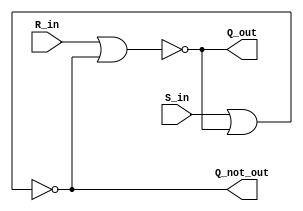
`timescale 1ns / 1ps
//////////////////////////////////////////////////////////////////////////////////
// Company: 
// Engineer: 
// 
// Design Name: 
// Module Name:    SR_latch 
// Project Name: 
// Target Devices: 
// Tool versions: 
// Description: 
//
// Dependencies: 
//
// Revision: 
// Revision 0.01 - File Created
// Additional Comments: 
//
//////////////////////////////////////////////////////////////////////////////////
module SR_latch(S_in,R_in,Q_out,Q_not_out);

input S_in,R_in;
output Q_out,Q_not_out;

nor n1(Q_out,R_in,Q_not_out);
nor n2(Q_not_out,S_in,Q_out);


endmodule